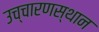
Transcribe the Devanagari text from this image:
उच्चारणस्थान